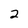
Character: 2